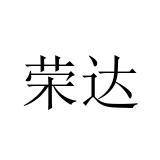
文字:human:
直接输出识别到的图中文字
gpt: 荣达